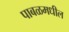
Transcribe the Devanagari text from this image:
पाबळमधील